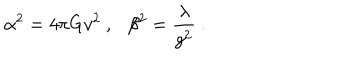
\alpha ^ { 2 } = 4 \pi G v ^ { 2 } \ , \ \ \ \beta ^ { 2 } = \frac { \lambda } { g ^ { 2 } } \ .